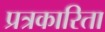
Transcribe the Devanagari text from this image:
प्रत्रकारिता